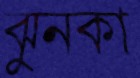
ঝুনকা